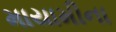
માયામીના